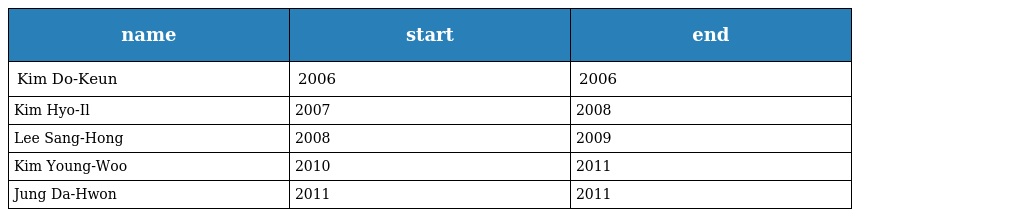
| name | start | end |
 | --- | --- | --- |
 | Kim Do-Keun | 2006 | 2006 |
 | Kim Hyo-Il | 2007 | 2008 |
 | Lee Sang-Hong | 2008 | 2009 |
 | Kim Young-Woo | 2010 | 2011 |
 | Jung Da-Hwon | 2011 | 2011 |